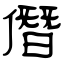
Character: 僭